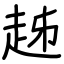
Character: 趀